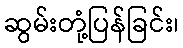
ဆွမ်းတုံ့ပြန်ခြင်း၊